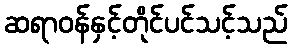
ဆရာဝန်နှင့်တိုင်ပင်သင့်သည်